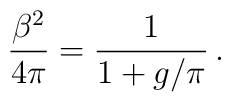
\frac{\beta ^{2}}{4\pi }=\frac{1}{1+g/\pi }\, .